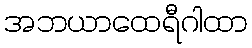
အဘယာထေရီဂါထာ